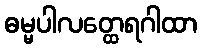
ဓမ္မပါလတ္ထေရဂါထာ